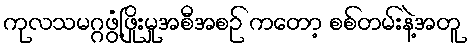
ကုလသမဂ္ဂဖွံ့ဖြိုးမှုအစီအစဉ် ကတော့ စစ်တမ်းနဲ့အတူ